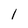
Character: l